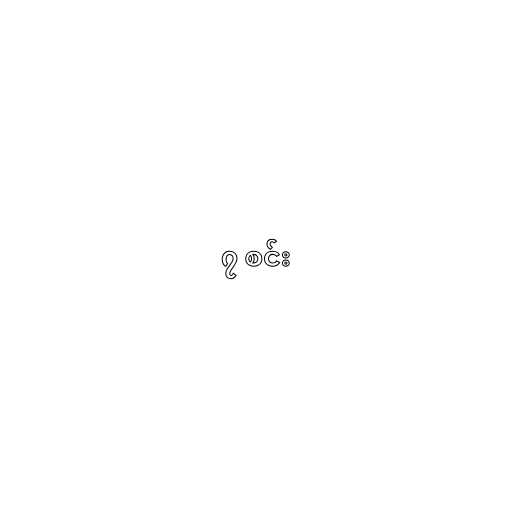
၇ စင်း